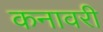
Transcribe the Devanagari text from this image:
कनावरी